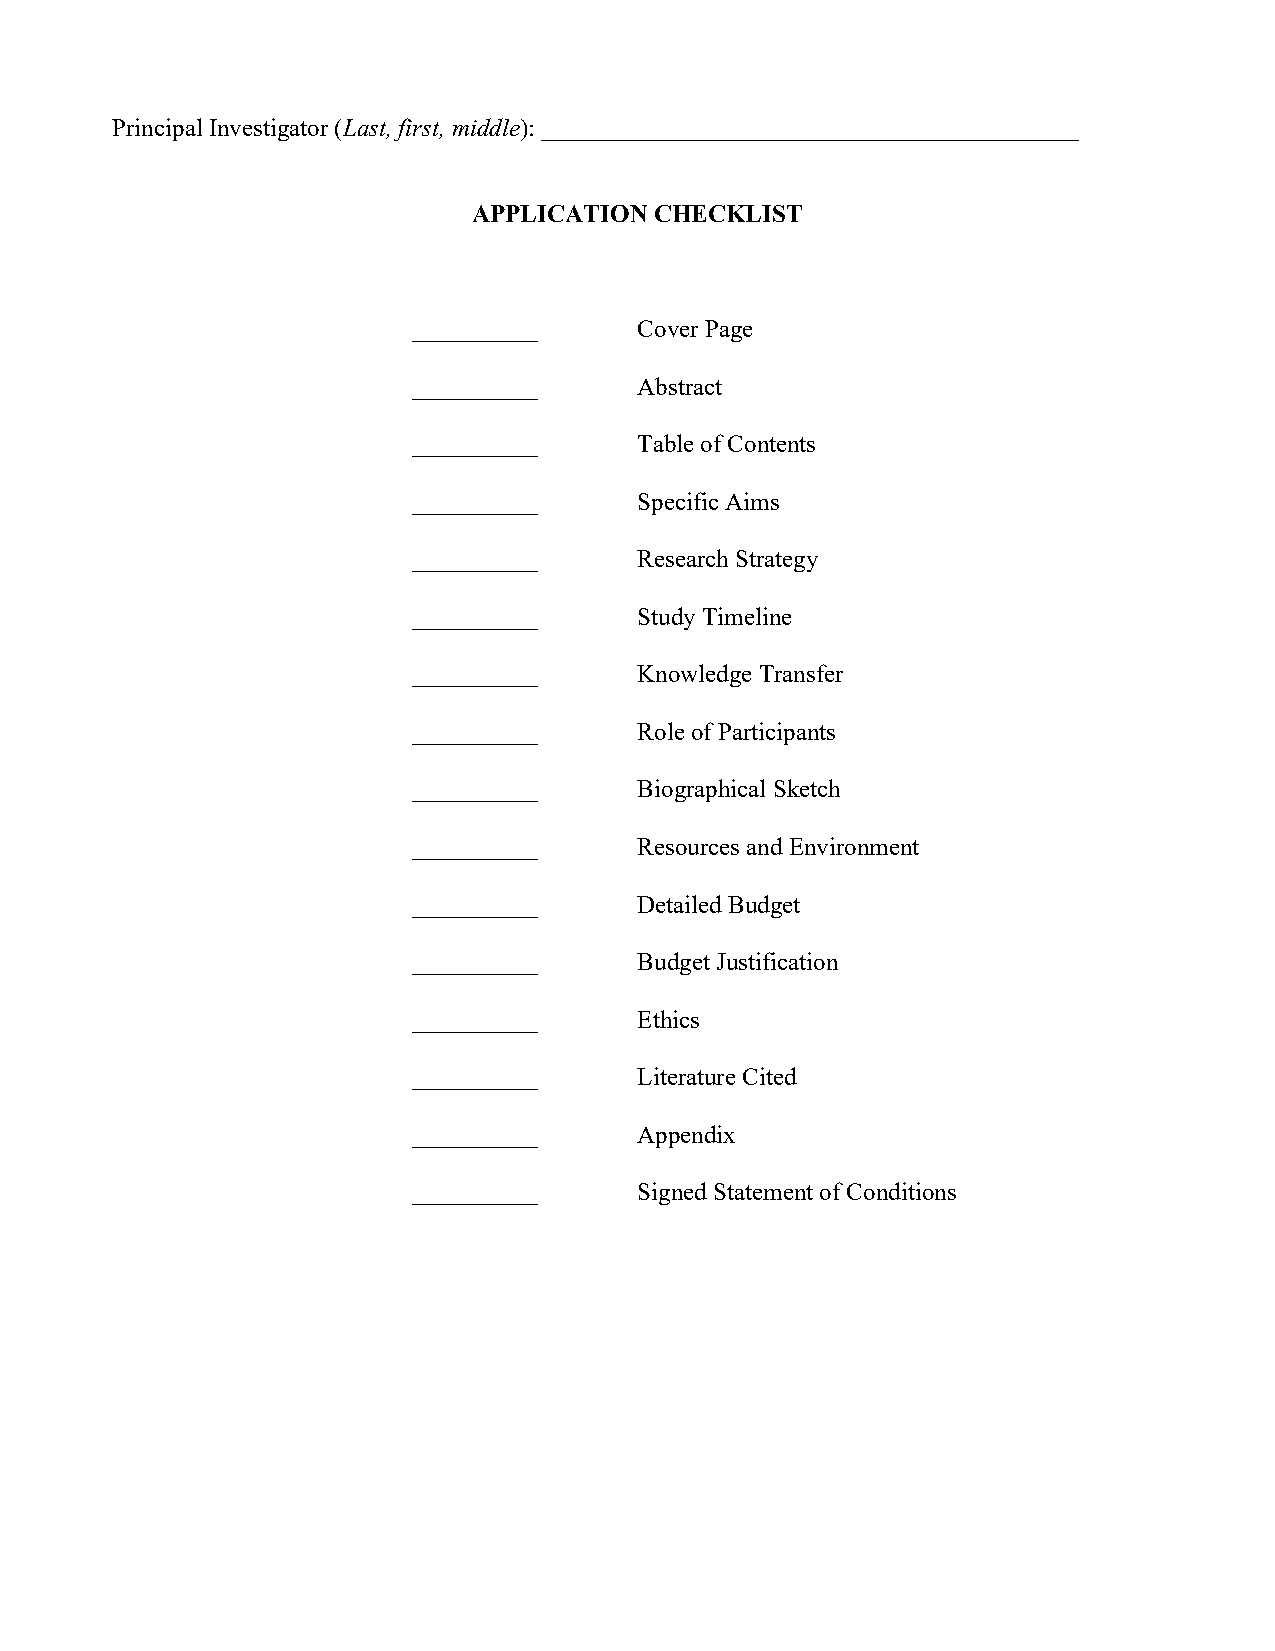
Principal Investigator (Last, first, middle): ___________________________________________
 APPLICATION CHECKLIST
 __________     Cover Page
 __________     Abstract
 __________     Table of Contents
 __________     Specific Aims
 __________     Research Strategy
 __________     Study Timeline
 __________     Knowledge Transfer
 __________     Role of Participants
 __________     Biographical Sketch
 __________     Resources and Environment
 __________     Detailed Budget
 __________     Budget Justification
 __________     Ethics
 __________     Literature Cited
 __________     Appendix
 __________     Signed Statement of Conditions